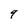
Character: 9